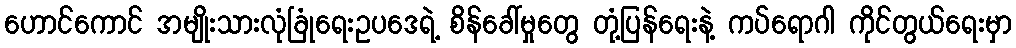
ဟောင်ကောင် အမျိုးသားလုံခြုံရေးဥပဒေရဲ့ စိန်ခေါ်မှုတွေ တုံ့ပြန်ရေးနဲ့ ကပ်ရောဂါ ကိုင်တွယ်ရေးမှာ